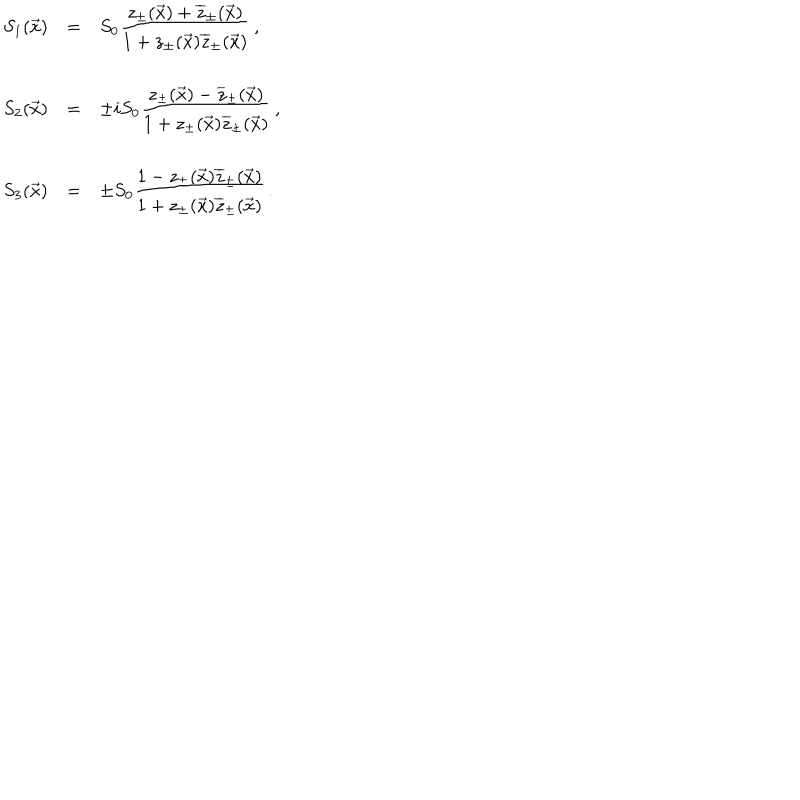
LaTeX: \begin{array} { r c l } { { S _ { 1 } ( \vec { x } ) } } & { { = } } & { { S _ { 0 } \displaystyle \frac { z _ { \pm } ( \vec { x } ) + \overline { { { z } } } _ { \pm } ( \vec { x } ) } { 1 + z _ { \pm } ( \vec { x } ) \overline { { { z } } } _ { \pm } ( \vec { x } ) } \, , } } \\ { { S _ { 2 } ( \vec { x } ) } } & { { = } } & { { \pm i S _ { 0 } \displaystyle \frac { z _ { \pm } ( \vec { x } ) - \overline { { { z } } } _ { \pm } ( \vec { x } ) } { 1 + z _ { \pm } ( \vec { x } ) \overline { { { z } } } _ { \pm } ( \vec { x } ) } \, , } } \\ { { S _ { 3 } ( \vec { x } ) } } & { { = } } & { { \pm S _ { 0 } \displaystyle \frac { 1 - z _ { \pm } ( \vec { x } ) \overline { { { z } } } _ { \pm } ( \vec { x } ) } { 1 + z _ { \pm } ( \vec { x } ) \overline { { { z } } } _ { \pm } ( \vec { x } ) } \, . } } \\ \end{array}